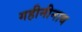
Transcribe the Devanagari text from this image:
गहीनीनाथ